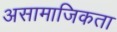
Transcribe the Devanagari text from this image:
असामाजिकता